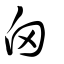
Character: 顖